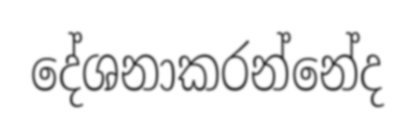
දේශනාකරන්නේද